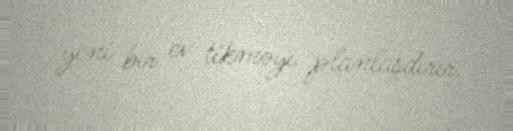
yeni bir ev tikməyi planlaşdırır.